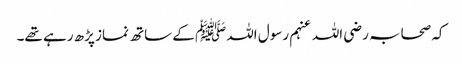
کہ صحابہ رضی اللہ عنہم رسول اللہﷺ کے ساتھ نماز پڑھ رہے تھے۔